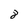
Character: 8